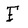
Character: F